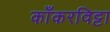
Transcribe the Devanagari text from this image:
काँकरविट्टा